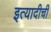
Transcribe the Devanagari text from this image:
इत्यादीची